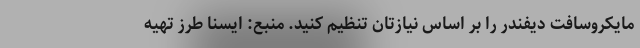
مایکروسافت دیفندر را بر اساس نیازتان تنظیم کنید. منبع: ایسنا طرز تهیه